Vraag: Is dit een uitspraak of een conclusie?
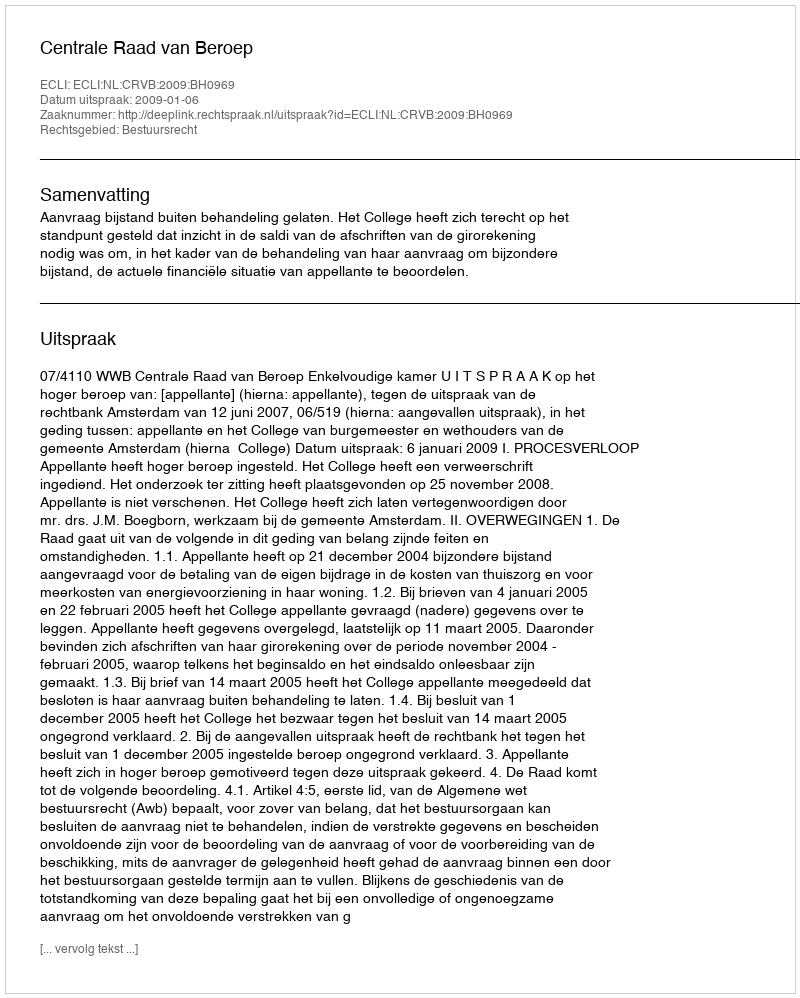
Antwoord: Uitspraak